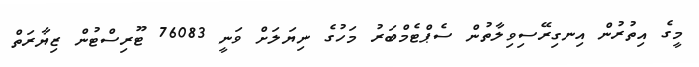
މީގެ އިތުރުން އިނގިރޭސިވިލާތުން ސެޕްޓެމްބަރު މަހުގެ ނިޔަލަށް ވަނީ 76083 ޓޫރިސްޓުން ޒިޔާރަތް